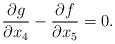
LaTeX: \begin{align*}\frac{\partial g}{\partial x_4}-\frac{\partial f}{\partial x_5}=0.\end{align*}